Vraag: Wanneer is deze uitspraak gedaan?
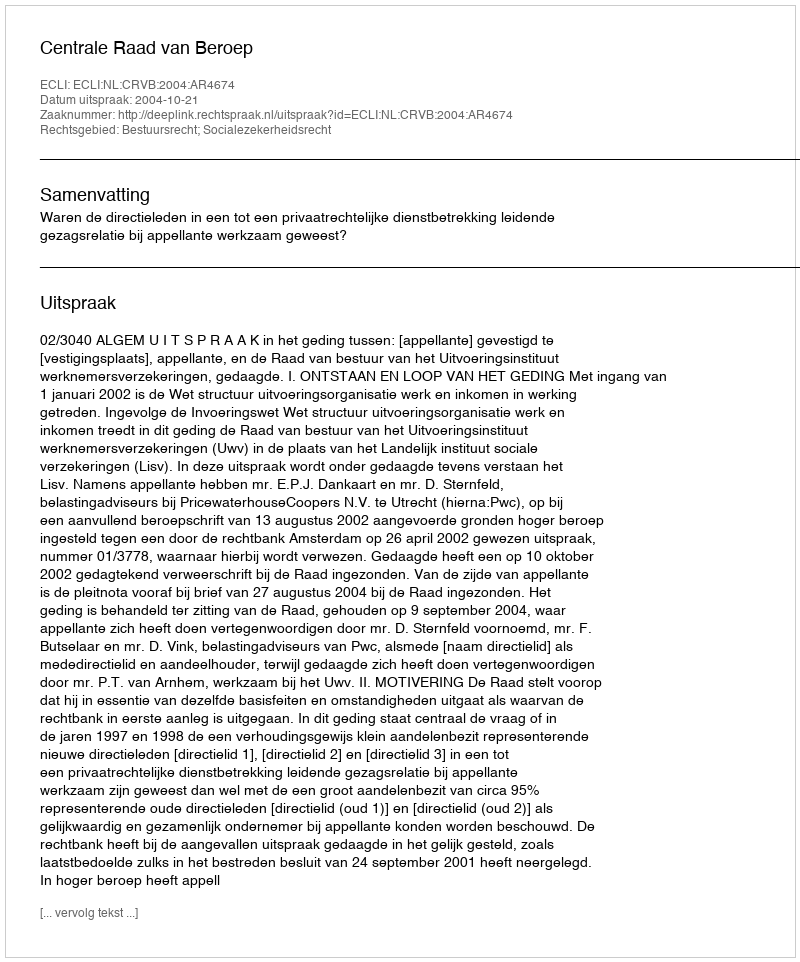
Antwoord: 2004-10-21